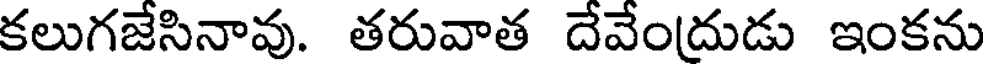
కలుగజేసినావు. తరువాత దేవేందుడు ఇంకను